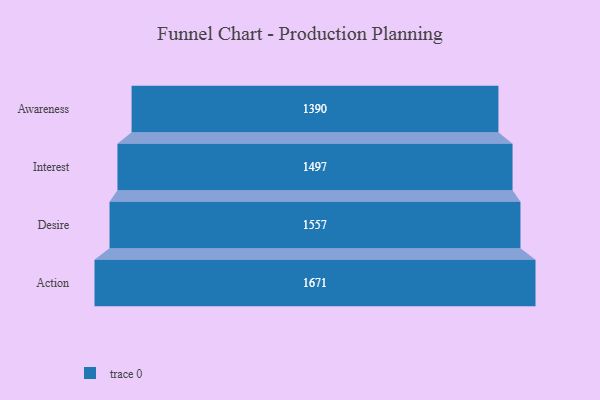
{"axis": {"x": "Stage", "y": "Value"}, "legend": [""], "data": [{"x": "Awareness", "y": 1390.0, "type": ""}, {"x": "Interest", "y": 1497.0, "type": ""}, {"x": "Desire", "y": 1557.0, "type": ""}, {"x": "Action", "y": 1671.0, "type": ""}]}